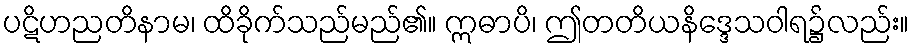
ပဋိဟညတိနာမ၊ ထိခိုက်သည်မည်၏။ ဣဓာပိ၊ ဤတတိယနိဒ္ဒေသဝါရ၌လည်း။